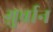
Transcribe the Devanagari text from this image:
ग़ुर्बान